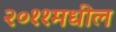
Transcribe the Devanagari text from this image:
२०११मधील